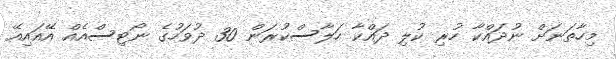
މިހާތަނަށް ނުދައްކާ ހުރި ކުލި ދައްކާ ހަލާސްކުރަން 30 ދުވަހުގެ ނޯޓިސްއެއް އޭއައިއޭ